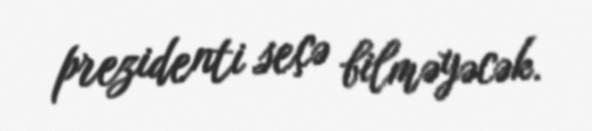
prezidenti seçə bilməyəcək.